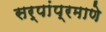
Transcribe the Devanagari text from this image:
सर्पांप्रमाणे